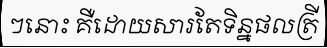
ៗនោះ គឺដោយសារតែទិន្នផលត្រី